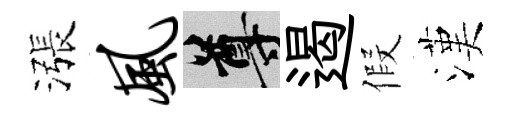
漲风尊遏假漢